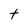
Character: t